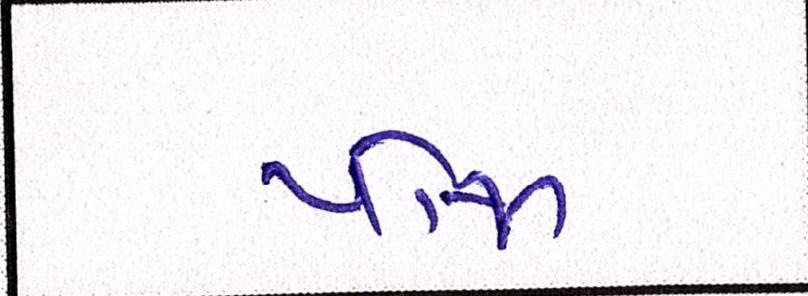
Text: યોજા